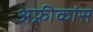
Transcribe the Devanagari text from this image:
अफ्रीकांस